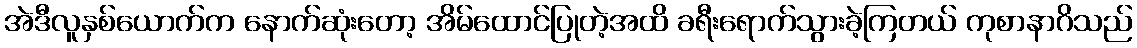
အဲဒီလူနှစ်ယောက်က နောက်ဆုံးတော့ အိမ်ထောင်ပြုတဲ့အထိ ခရီးရောက်သွားခဲ့ကြတယ် ကုစာနာဂိသည်